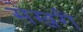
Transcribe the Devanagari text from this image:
सेखरी